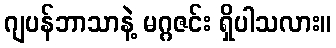
ဂျပန်ဘာသာနဲ့ မဂ္ဂဇင်း ရှိပါသလား။